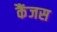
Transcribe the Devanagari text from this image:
कैंजस